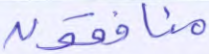
منافقون